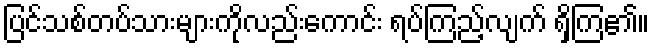
ပြင်သစ်တပ်သားများကိုလည်းကောင်း ရပ်ကြည့်လျက် ရှိကြ၏။